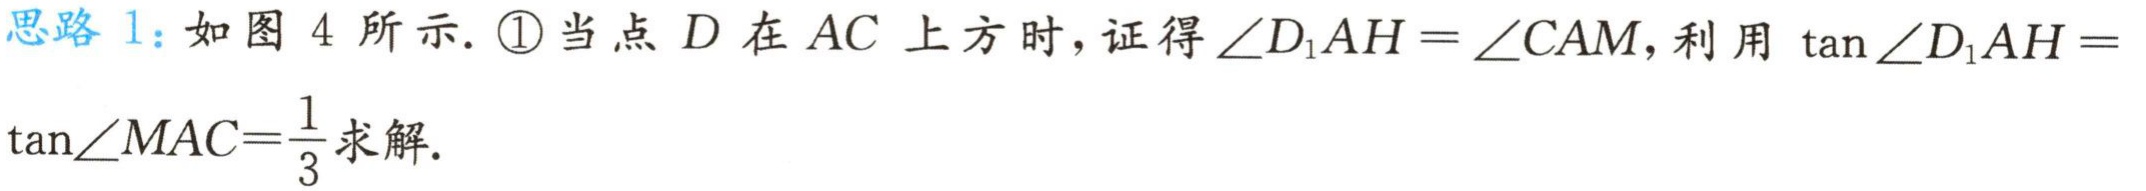
思路 1：如图 4 所示. \textcircled{1}当点 \(D\) 在 \(AC\) 上方时，证得\(\angle D_{1}AH = \angle CAM\)，利用 \(\tan\angle D_{1}AH =\) \(\tan\angle MAC=\frac{1}{3}\)求解.